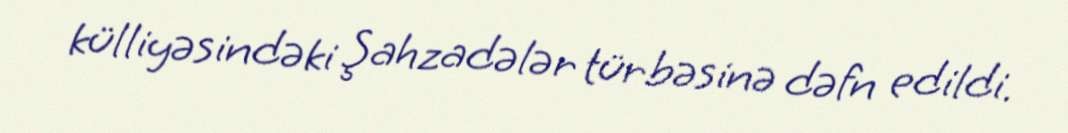
külliyəsindəki Şahzadələr türbəsinə dəfn edildi.